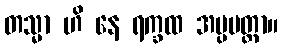
တသ္မာ ဟိ နေ ရက္ခထ အပ္ပမတ္တာ။